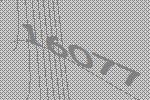
16077